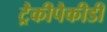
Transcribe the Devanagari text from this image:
ट्रैकीपैकीडी